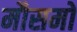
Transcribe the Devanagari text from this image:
मौसमो